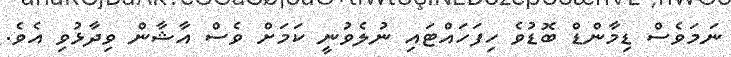
ނަމަވެސް ޑިމާންޑް ބޮޑުވެ ހިފަހައްޓައި ނުލެވުނީ ކަމަށް ވެސް އާޝާން ވިދާޅުވި އެވެ.